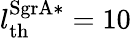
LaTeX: l_{\mathrm{th}}^{\mathrm{SgrA*}}=10